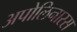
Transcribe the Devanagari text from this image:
अपोलिनारस